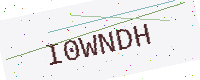
Text: I0WNDH